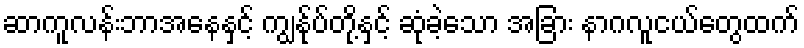
ဆာကူလန်းဘာအနေနှင့် ကျွန်ုပ်တို့နှင့် ဆုံခဲ့သော အခြား နာဂလူငယ်တွေထက်